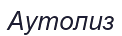
Аутолиз